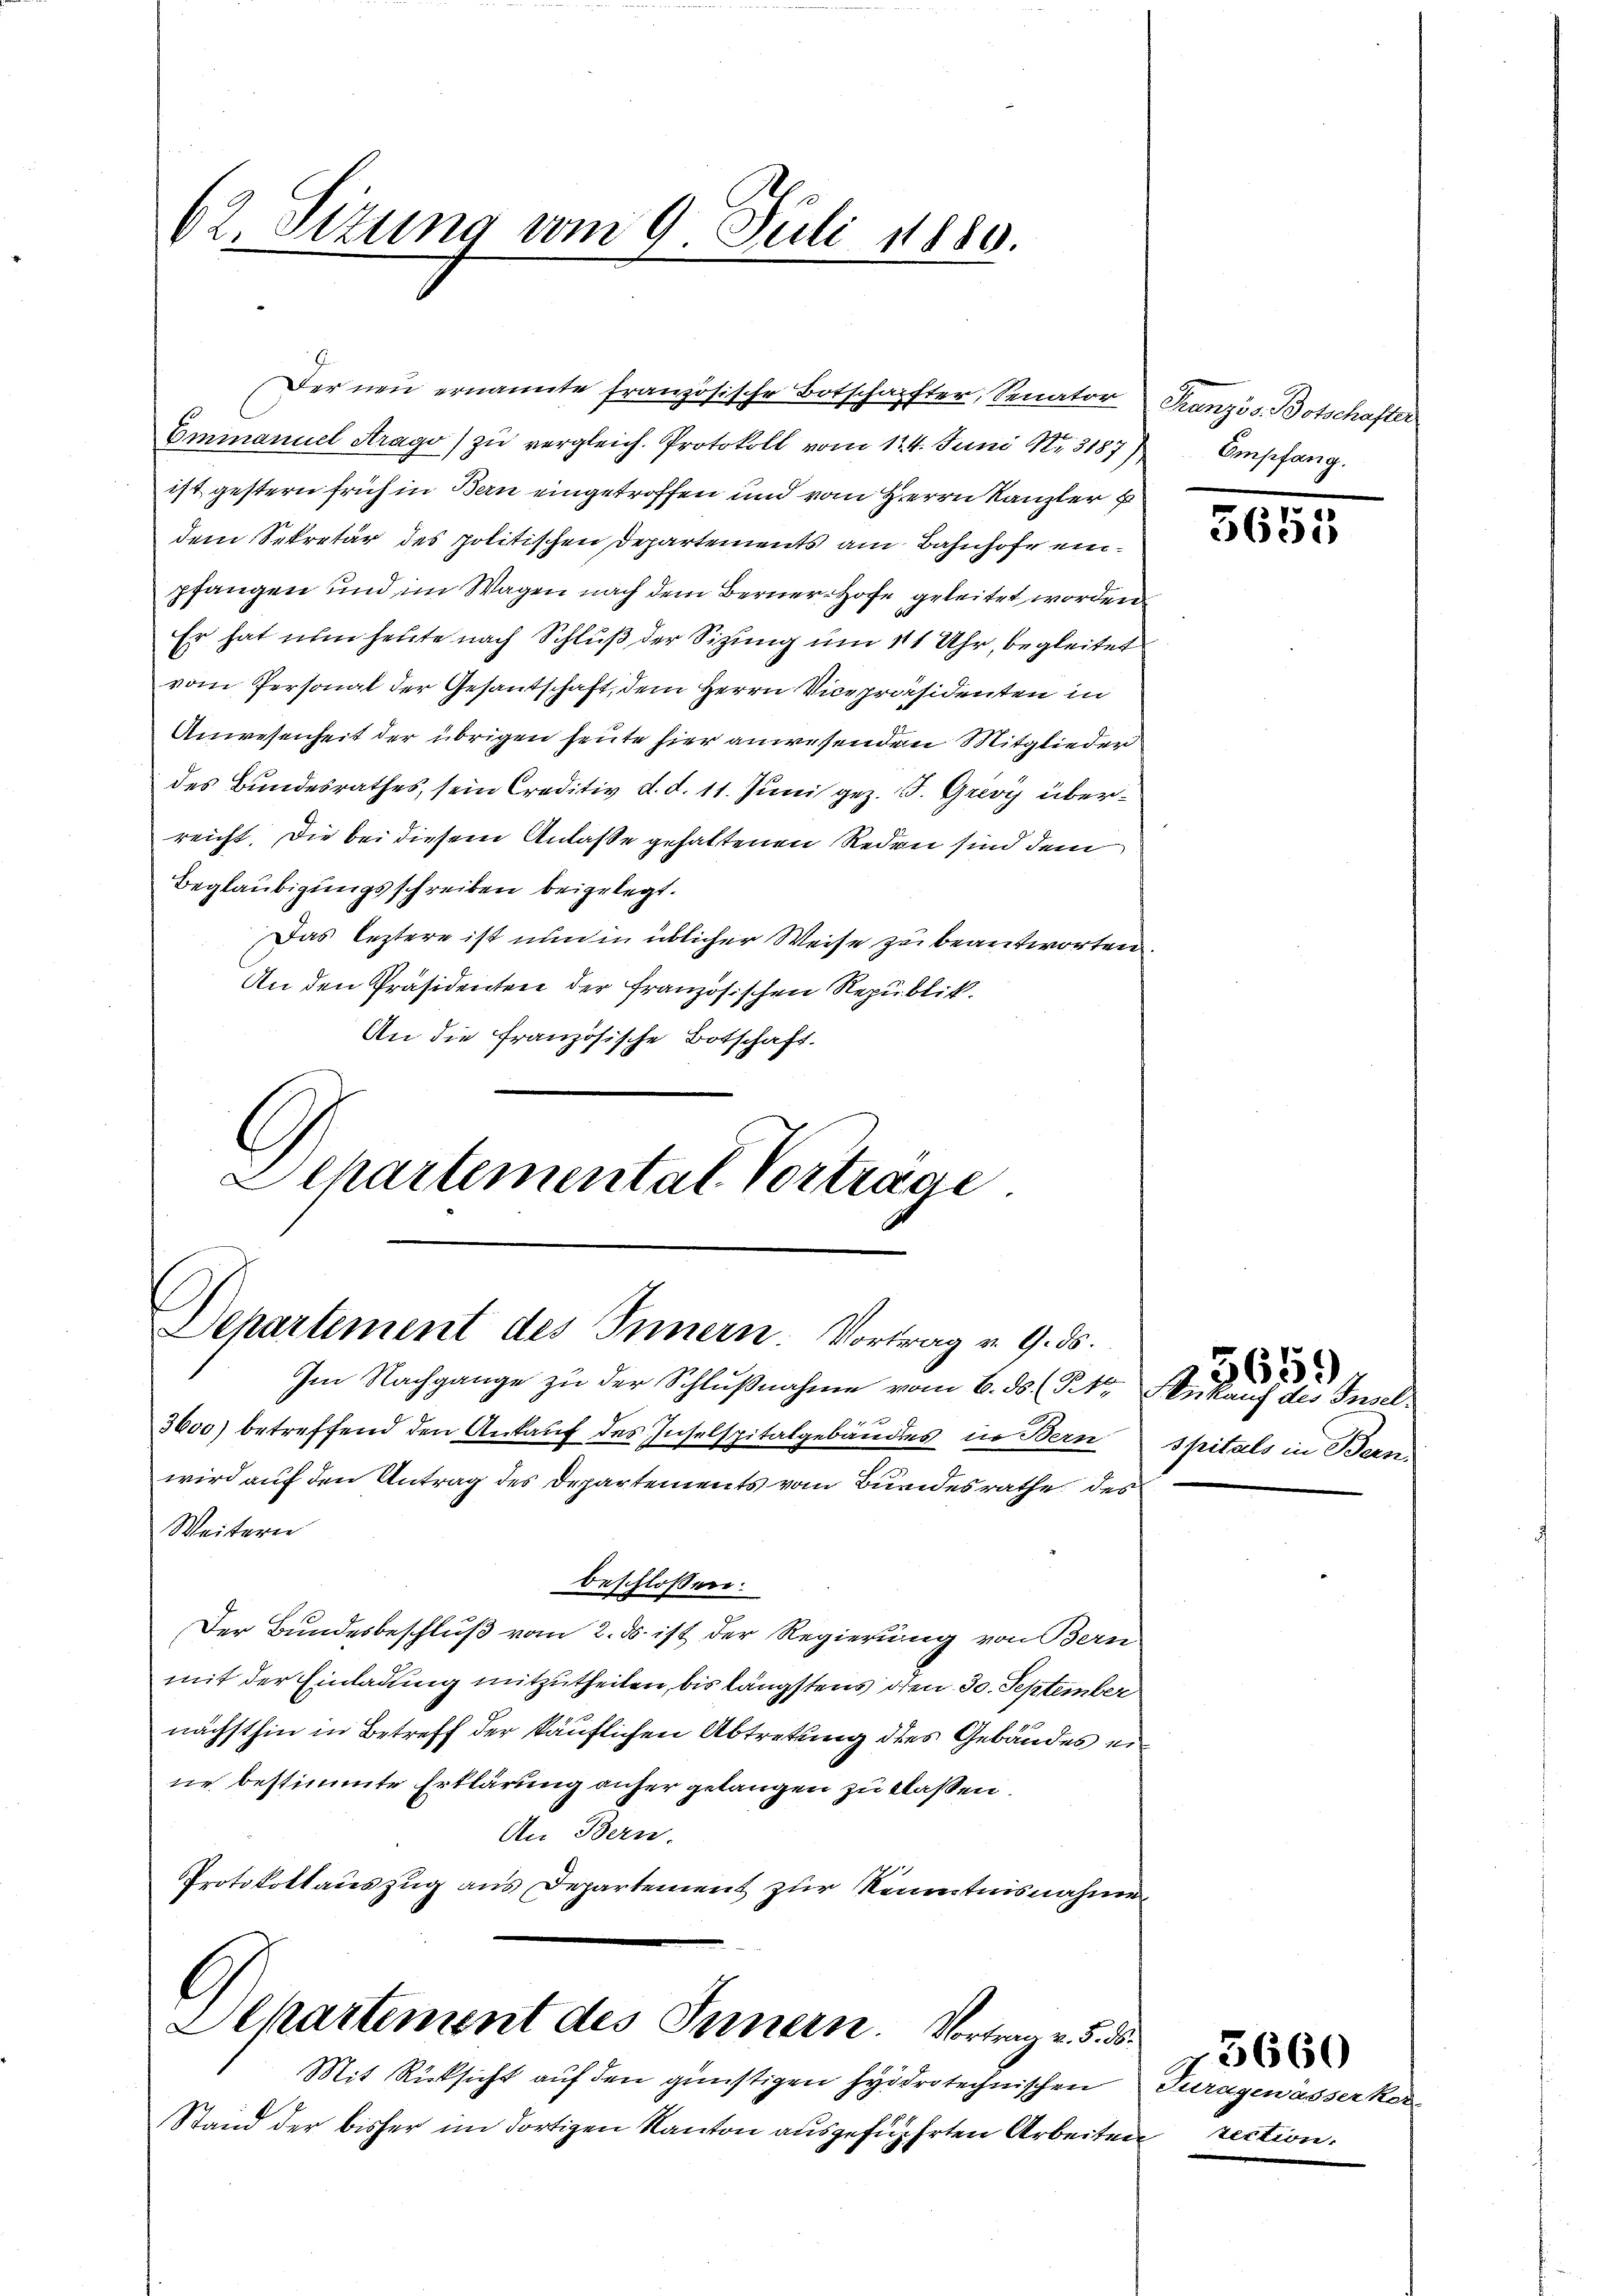
62. Sitzung vom 9. Juli 1880.

Der neu ernannte französische Botschafter, Senator
Emmanuel Arago) zŭ vergleich. Protokoll vom 124. Juni Nr. 3187 Empfang.
ist gestern früh in Bern eingetroffen und vom Herrn Kanzler
dem Sekretär des politischen Departements am Bahnhofe einpfangen und im Wagen nach dem Berner-Hofe geleitet worden
Er hat nun heute nach Schluß der Sitzung um 11 Uhr, begleitet
vom Personat der Gesantschaft, dem Herrn Vicepräsidenten in
Anwesenheit der übrigen heute hier anwesenden Mitglieder
des Bundesrathes, sein Creditiv d. d. 11. Juni gez. 15. Grivy überreicht. Die bei diesem Anlaße gehaltenen Reden sind dem
Beglaubigungsschreiben beigelegt.
Das leztere ist nun in üblicher Weise zu beantworten
An den Präsidenten der französischen Republik.
An die Französische Botschaft.
G
Echartemental Vortrage

Departement des Innern. Vortrag v. 9. ds.

Im Nachgange zu der Schlußnahme vom 6. ds. (T. 4. Ankauf des Insel¬
4 x
3600) betreffend den Ankauf des Inselspitalgebäudes in Bern Spitals in Bern,
Weiteren
beschloßen:
Der Bundesbeschluß vom 2. ds. ist der Regierung von Bern
mit der Einladung mitzutheilen, bis längstens den 30. September
nächsthin in Betreff der käuflichen Abtretung des Gebäudes eine bestimmte Erklärung anser gelangen zu klassen.
An Bern.
Protokollauszug aus Departement zur Kenntnisnahme

wird auf den Antrag des Departements vom Bundesrathe des

C
Departement des Innern. Vortrag v. 5. d

Französ. Botschafter

Mit Rücksicht auf den günstigen hydrotechnischen
Stand der bisher im dortigen Kanton ausgeführten Arbeiten rection.

5655

5659

6
Turngewässerko-